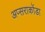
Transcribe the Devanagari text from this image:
अप्सराकोंडा